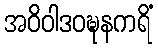
အဝိဝါဒဝဍ္ဎနကရိံ